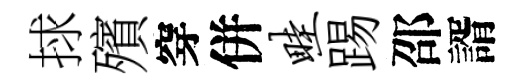
捄殯穿併畦踢邵諝